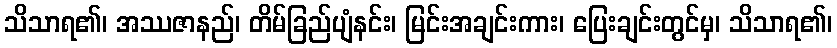
သိသာရ၏၊ အဿဇာနည်၊ တိမ်ခြည်ပျံနင်း၊ မြင်းအချင်းကား၊ ပြေးချင်းတွင်မှ၊ သိသာရ၏၊